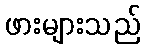
ဖားများသည်